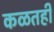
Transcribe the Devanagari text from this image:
कळतही